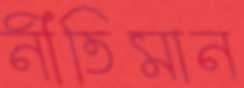
নীতিমান